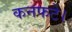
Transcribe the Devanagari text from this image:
कनफटे।